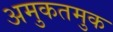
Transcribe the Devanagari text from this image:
अमुकतमुक